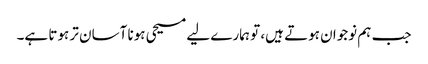
جب ہم نوجوان ہوتے ہیں، تو ہمارے لیے مسیحی ہونا آسان تر ہوتا ہے۔